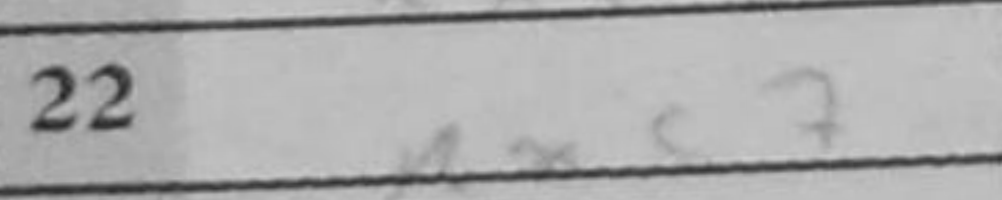
Transcription: Rxc7